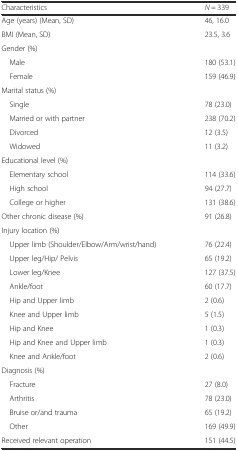
<table><thead><tr><td><b>Characteristics</b></td><td><b><i>N</i> = 339</b></td></tr></thead><tbody><tr><td>Age (years) (Mean, SD)</td><td>46, 16.0</td></tr><tr><td>BMI (Mean, SD)</td><td>23.5, 3.6</td></tr><tr><td>Gender (%)</td><td></td></tr><tr><td> Male</td><td>180 (53.1)</td></tr><tr><td> Female</td><td>159 (46.9)</td></tr><tr><td>Marital status (%)</td><td></td></tr><tr><td> Single</td><td>78 (23.0)</td></tr><tr><td> Married or with partner</td><td>238 (70.2)</td></tr><tr><td> Divorced</td><td>12 (3.5)</td></tr><tr><td> Widowed</td><td>11 (3.2)</td></tr><tr><td>Educational level (%)</td><td></td></tr><tr><td> Elementary school</td><td>114 (33.6)</td></tr><tr><td> High school</td><td>94 (27.7)</td></tr><tr><td> College or higher</td><td>131 (38.6)</td></tr><tr><td>Other chronic disease (%)</td><td>91 (26.8)</td></tr><tr><td>Injury location (%)</td><td></td></tr><tr><td> Upper limb (Shoulder/Elbow/Arm/wrist/hand)</td><td>76 (22.4)</td></tr><tr><td> Upper leg/Hip/ Pelvis</td><td>65 (19.2)</td></tr><tr><td> Lower leg/Knee</td><td>127 (37.5)</td></tr><tr><td> Ankle/foot</td><td>60 (17.7)</td></tr><tr><td> Hip and Upper limb</td><td>2 (0.6)</td></tr><tr><td> Knee and Upper limb</td><td>5 (1.5)</td></tr><tr><td> Hip and Knee</td><td>1 (0.3)</td></tr><tr><td> Hip and Knee and Upper limb</td><td>1 (0.3)</td></tr><tr><td> Knee and Ankle/foot</td><td>2 (0.6)</td></tr><tr><td>Diagnosis (%)</td><td></td></tr><tr><td> Fracture</td><td>27 (8.0)</td></tr><tr><td> Arthritis</td><td>78 (23.0)</td></tr><tr><td> Bruise or/and trauma</td><td>65 (19.2)</td></tr><tr><td> Other</td><td>169 (49.9)</td></tr><tr><td>Received relevant operation</td><td>151 (44.5)</td></tr></tbody></table>